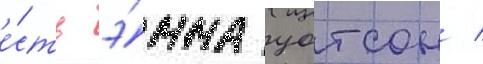
е́сть э́мма уотсон /